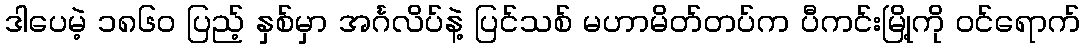
ဒါပေမဲ့ ၁၈၆၀ ပြည့် နှစ်မှာ အင်္ဂလိပ်နဲ့ ပြင်သစ် မဟာမိတ်တပ်က ပီကင်းမြို့ကို ဝင်ရောက်